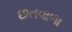
છતવાળા